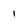
Character: l